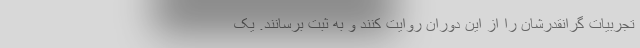
تجربیات گرانقدرشان را از این دوران روایت کنند و به ثبت برسانند. یک